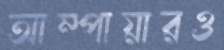
আম্পায়ারও